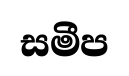
සමීප